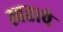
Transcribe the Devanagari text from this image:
स्वत।चे